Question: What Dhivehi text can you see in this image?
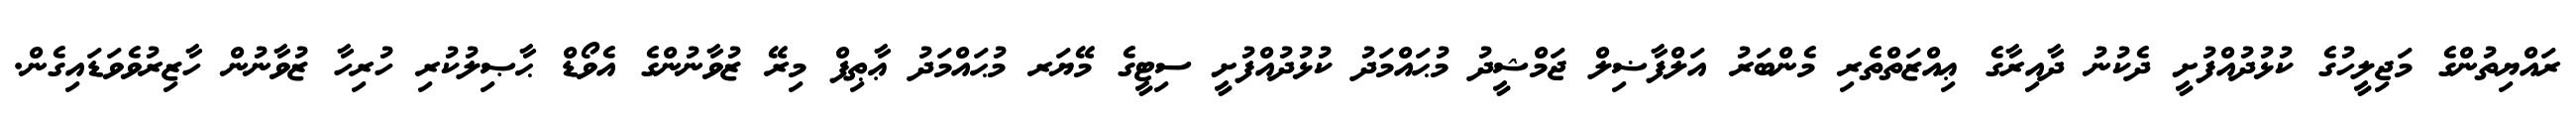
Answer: ރައްޔިތުންގެ މަޖިލީހުގެ ކުޅުދުއްފުށީ ދެކުނު ދާއިރާގެ ޢިއްޒަތްތެރި މެންބަރު އަލްފާޟިލް ޖަމްޝީދު މުޙައްމަދު ކުޅުދުއްފުށީ ސިޓީގެ މޭޔަރ މުޙައްމަދު ޢާޠިފް މިރޭ ޒުވާނުންގެ އެވޯޑް ޙާޞިލުކުރި ހުރިހާ ޒުވާނުން ހާޒިރުވެވަޑައިގެން.